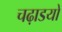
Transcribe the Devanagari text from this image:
चढ़ाडयों